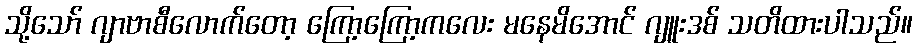
သို့သော် ဂျာဗာစီလောက်တော့ ကြော့ကြော့ကလေး မနေမိအောင် ဂျူးဒစ် သတိထားပါသည်။